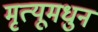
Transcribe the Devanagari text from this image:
मृत्यूमधुन